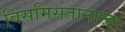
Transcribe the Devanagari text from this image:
विसमिसतानान्दा